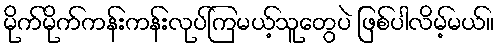
မိုက်မိုက်ကန်းကန်းလုပ်ကြမယ့်သူတွေပဲ ဖြစ်ပါလိမ့်မယ်။